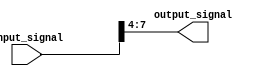
module part_select_assign(
    input [7:0] input_signal,
    output reg [3:0] output_signal
);

// Assigning bits from 7 to 4 of input_signal to output_signal
assign output_signal = input_signal[7:4];

endmodule